Document type: Grant of rights
Year: 1254
Scribe: Jaume de Port
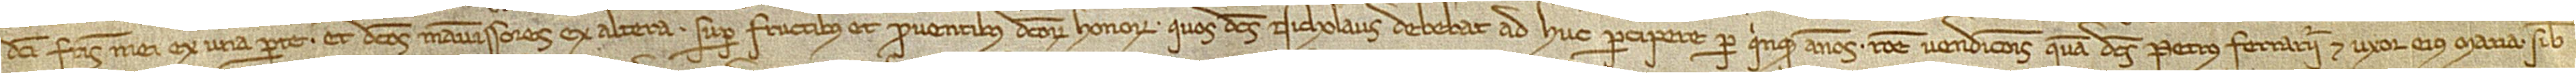
dicti fratris mei, ex una parte, et dictos manumissores, ex altera, super fructibus et proventibus dictorum honorum quos dictus Nicholaus debebat ad huc percipere per quinque annos ratione vendicionis quam dictus Petrus Ferrarrii et uxor eius Maria sibi